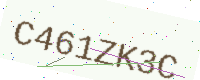
Text: C461ZK3C